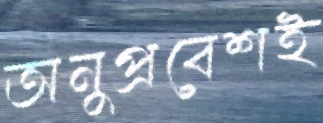
অনুপ্রবেশই